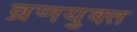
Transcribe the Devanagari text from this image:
व्रणयुक्त